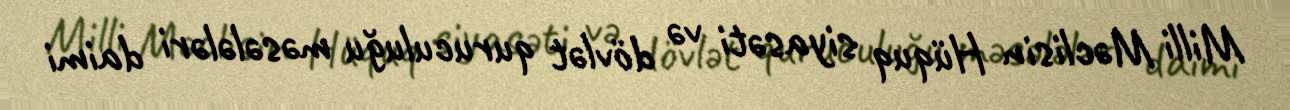
Milli Məclisin Hüquq siyasəti və dövlət quruculuğu məsələləri daimi